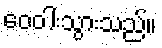
ဝေဝါးသွားသည်။